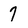
Character: 7